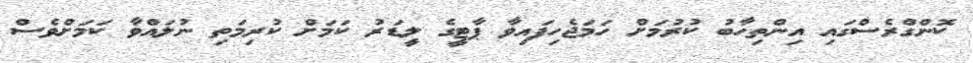
ކޮންގްރެސްގައި އިންތިހާބު ކުރުމަށް ހަމަޖެހިފައިވާ ޕާޓީގެ ލީޑަރު ކަމަށް ކުރިމަތި ނުލައްވާ ކަމަށްވެސް